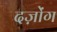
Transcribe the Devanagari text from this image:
दज़ोंग